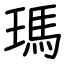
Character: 瑪